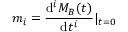
m _ { i } = \frac { \mathrm { d } ^ { i } M _ { B } ( t ) } { \mathrm { d } t ^ { i } } | _ { t = 0 }